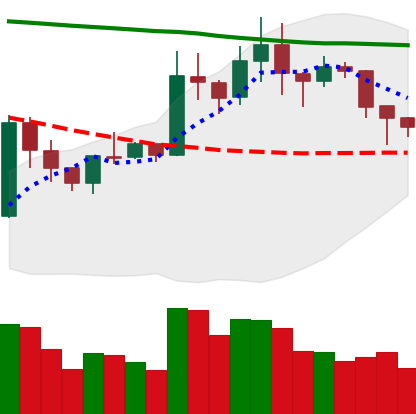
Ticker: XRP-USD
Chart end date: 2020-01-25
Forward return: 10.532%
Label: up_7plus